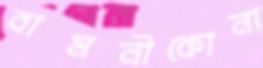
বামনীকোনা